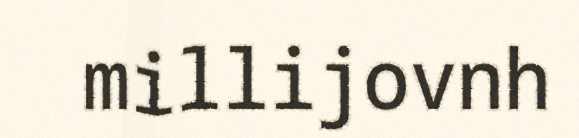
millijovnh